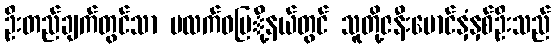
ဦးတည်ချက်တွင်သာ ပလက်ဝမြ်ို့နယ်တွင် သူတို့ဇနီးမောင်နှံနှစ်ဦးသည်